Civil Veterinary Dept. Bombay admin report 1932-41 - 1932-1941
Year: 1932
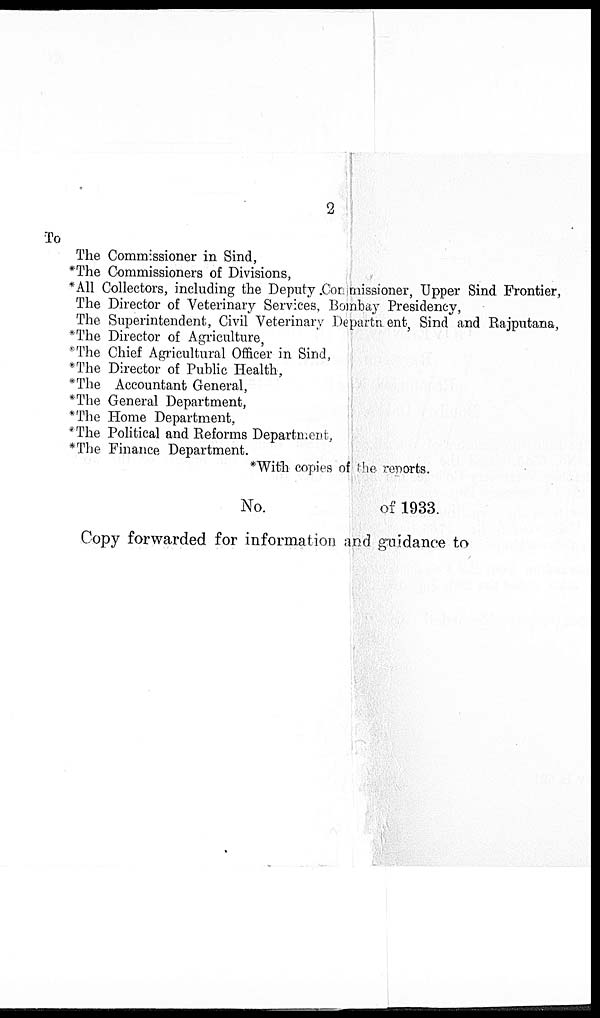
2
To
The Commissioner in Sind,
*The Commissioners of Divisions,
*A11 Collectors, including the Deputy Commissioner, Upper Sind Frontier,
The Director of Veterinary Services, Bombay Presidency,
The Superintendent, Civil Veterinary Department, Sind and Rajputana,
*The Director of Agriculture,
*The Chief Agricultural Officer in Sind,
*The Director of Public Health,
*The Accountant General,
*The General Department,
*The Home Department,
*The Political and Reforms Department,
*The Finance Department.
*With copies of the reports.
No.
of 1933.
Copy forwarded for information and guidance to